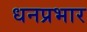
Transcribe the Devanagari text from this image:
धनप्रभार